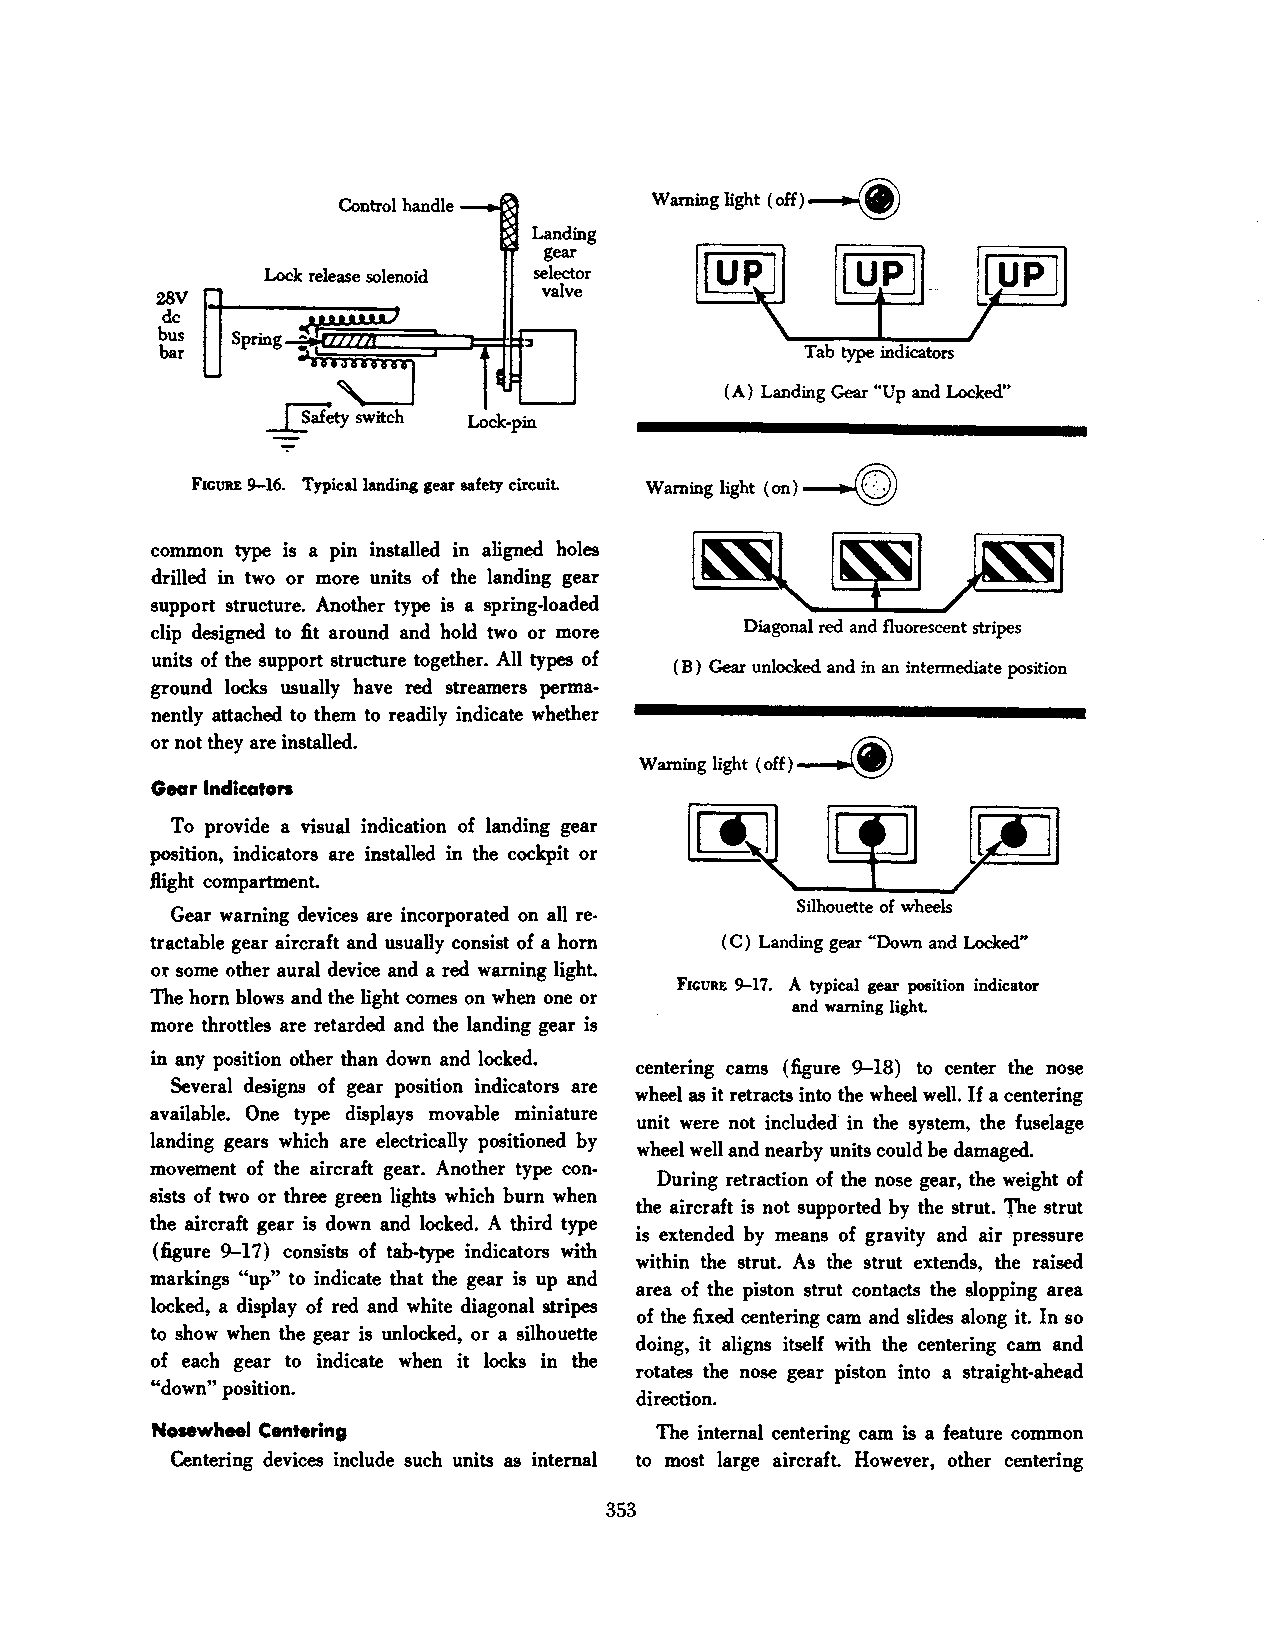
(off)~
 Control handle      Warning light
 '¥'
 Landing
 gear
 Loclc release solenoid selector I~            ~UPII
 valve
 28V
 de
 bus  Spring
 bar                                        Tab type indicators
 (A) Landing Gear "Up and Locked"
 Lock-pin
 FleUR£ 9-16. Typical landing gear safety circuit. Warning light (on)~
 common type is a pin installed in aligned holes
 drilled in two or more units of the landing gear
 support structure. Another type is a spring-loaded
 clip designed to fit around and hold two or more Diagonal red and fluorescent stripes
 units of the support structure together. All types of
 (B) Gear unlocked and in an intermediate position
 ground locks usually have red streamers perma·
 nently attached to them to readily indicate whether
 or not they are installed.
 (off)~
 Warning light
 Gear lndicaton
 To provide a visual indication of landing gear I~I~I)Pt!l
 position, indicators are installed in the cockpit or
 .flight compartment.
 Silhouette of wheels
 Gear warning devices are incorporated on all re
 tractable gear aircraft and usually consist of a hom (C) Landing gear "Down and Locked"
 or some other aural device and a red warning light.
 FiGURE 9-17. A typical gear position indicator
 The horn blows and the light comes on when one or
 and warning light.
 more throttles are retarded and the landing gear is
 in any position other than down and locked.
 centering cams (figure 9-18) to center the nose
 Several designs of gear position indicators are
 wheel as it retracts into the wheel well. If a centering
 available. One type displays movable miniature
 unit were not included in the system, the fuselage
 landing gears which are electrically positioned by
 wheel well and nearby units could be damaged.
 movement of the aircraft gear. Another type con·
 During retraction of the nose gear, the weight of
 sists of two or three green lights which burn when
 the aircraft is not supported by the strut. 'fhe strut
 the aircraft gear is down and locked. A third type
 is extended by means of gravity and air pressure
 (figure 9-17) consists of tab-type indicators with
 within the strut. As the strut extends, the raised
 markings "up" to indicate that the gear is up and
 area of the piston strut contacts the slopping area
 locked, a display of red and white diagonal stripes
 of the fixed centering cam and slides along it. In so
 to show when the gear is unlocked, or a silhouette
 doing, it aligns itself with the centering cam and
 of each gear to indicate when it locks in the
 rotates the nose gear piston into a straight-ahead
 "down" position.
 direction.
 Nosewheel Centering               The internal centering cam is a feature common
 Centering devices include such units as internal to most large aircraft. However, other centering
 353